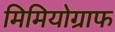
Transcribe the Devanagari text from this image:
मिमियोग्राफ